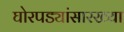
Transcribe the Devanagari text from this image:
घोरपड्यांसारख्या